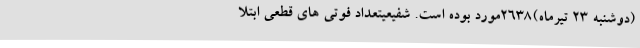
(دوشنبه 23 تیرماه)2638مورد بوده است. شفیعیتعداد فوتی های قطعی ابتلا